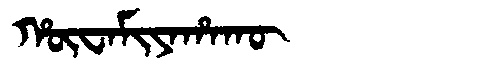
Manchu: ᡥᡡᠸᠠᠮᡳᠶᠠᡥᠠᡴᡡ
Romanization: HŪWAMIYAHAKŪ